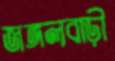
জঙ্গলবাড়ী